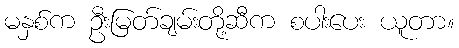
မနှစ်က ဦးမြတ်ချမ်းတို့ဆီက စပါးပေး ယူတာ။